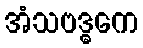
အံသဗဒ္ဓကေ